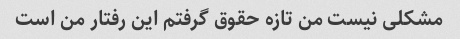
مشکلی نیست من تازه حقوق گرفتم این رفتار من است